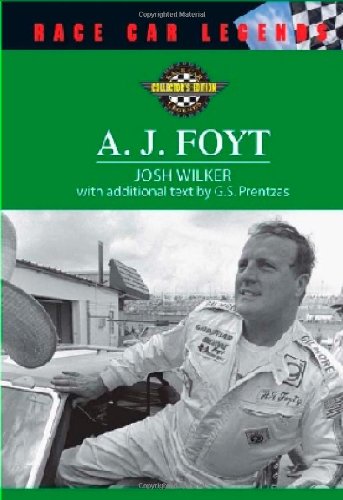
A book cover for A. J. Foyt (Race Car Legends: Collector's Edition); Josh Wilker; Teen & Young Adult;